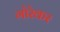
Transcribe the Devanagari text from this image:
गोरेकर